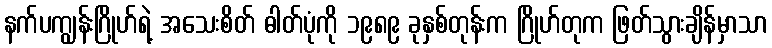
နက်ပကျွန်းဂြိုဟ်ရဲ့ အသေးစိတ် ဓါတ်ပုံကို ၁၉၈၉ ခုနှစ်တုန်းက ဂြိုဟ်တုက ဖြတ်သွားချိန်မှာသာ